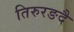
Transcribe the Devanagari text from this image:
तिरुरङदै